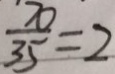
\frac { 7 0 } { 3 5 } = 2